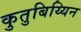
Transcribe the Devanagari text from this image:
कुतुबिय्यिन